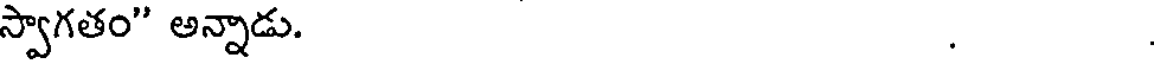
స్వాగతం" అన్నాడు. .